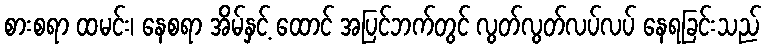
စားစရာ ထမင်း၊ နေစရာ အိမ်နှင့် ထောင် အပြင်ဘက်တွင် လွတ်လွတ်လပ်လပ် နေရခြင်းသည်